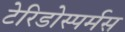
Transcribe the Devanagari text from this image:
टेरिडोस्पर्मस